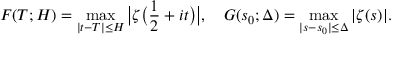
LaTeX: F ( T ; H ) = \operatorname* { m a x } _ { | t - T | \leq H } { \bigl | } \zeta { \bigl ( } { \frac { 1 } { 2 } } + i t { \bigr ) } { \bigr | } , \quad G ( s _ { 0 } ; \Delta ) = \operatorname* { m a x } _ { | s - s _ { 0 } | \leq \Delta } | \zeta ( s ) | .